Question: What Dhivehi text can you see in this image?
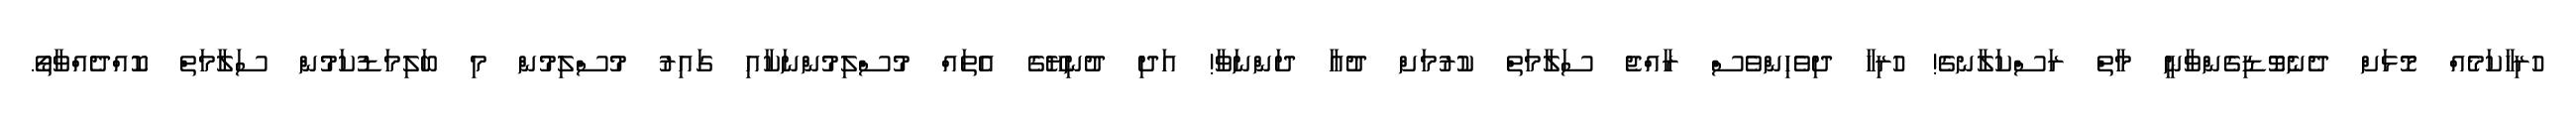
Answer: ހުރިހާކަމެއް މޮޅަށް ދެނެވޮޑިގެންވާނީ މާތް ރަސްކަލާނގެ! ހުރިހާ ދިވެހިންވެސް ރާއްޖެ ސަލާމަތް ކުރުމަށް ދުއާ ދަންނަވާ! އަދި ދުނިޔޭގެ އެތައް މުސްލިމުންނަކާއި ގައިރު މުސްލިމުން މި ބަލިމަޑުކަމުން ސަލާމަތް ކޮއްދެއްވާތޯ.